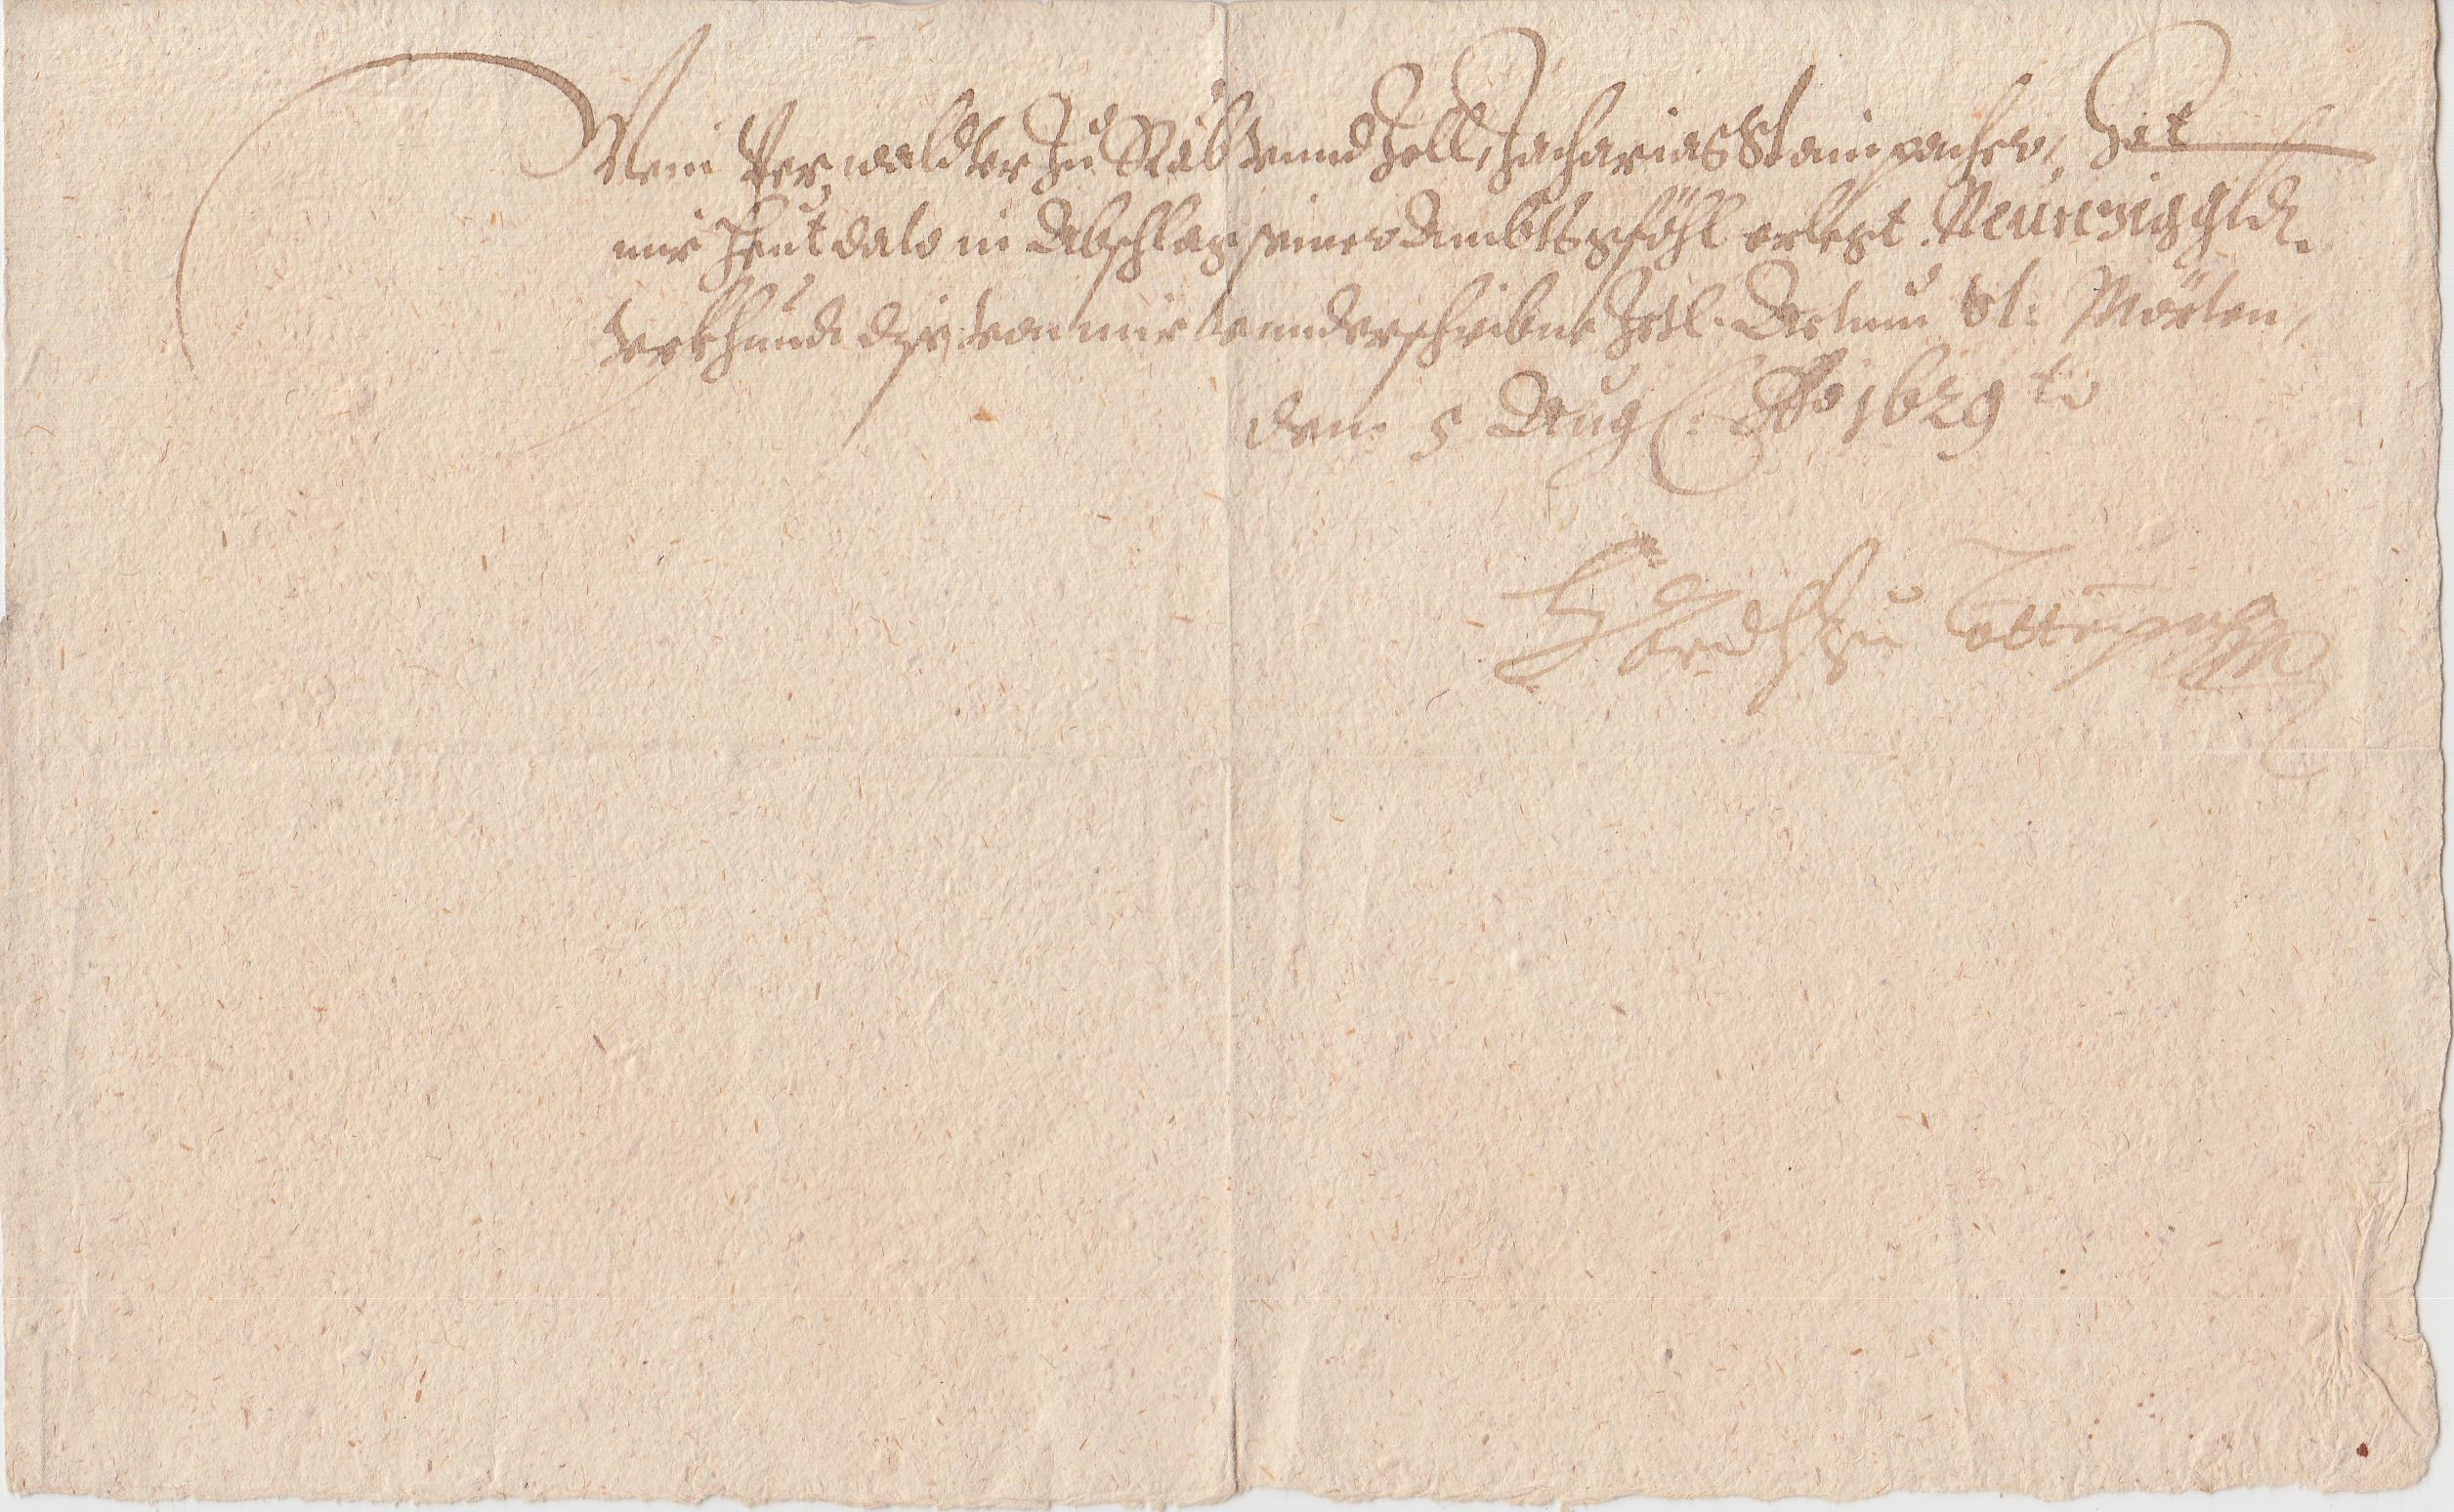
Mein Verwalter Zū Stāb vnnd Zoll, Zacharias Stainpacher, Hat
mir Heūt dato in Abschlag seiner Ambtsgföhl erlegt. Neūnzig gld.
urkhundt dise: von mir vnnderschribene Zetl. Datūm xxx Mörten,
den. 5 Aūg: Ao 1629 t